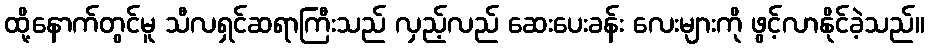
ထို့နောက်တွင်မူ သီလရှင်ဆရာကြီးသည် လှည့်လည် ဆေးပေးခန်း လေးများကို ဖွင့်လာနိုင်ခဲ့သည်။